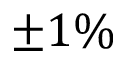
\pm 1 \%